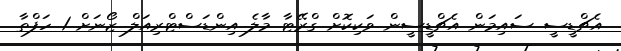
އެޗްޑީސީ ސައިމަން އެޗްޑީސީން ވަކިކޮށް ގްރޭޓާ މާލެ އިންޑަސްޓްރިއަލް ޒޯނަށް 1 ހަފްތާ